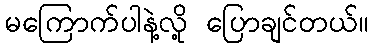
မကြောက်ပါနဲ့လို့ ပြောချင်တယ်။